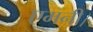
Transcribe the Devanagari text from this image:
एमनी।